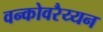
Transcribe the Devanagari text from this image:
वन्कोवरैय्यन